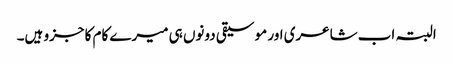
البتہ اب شاعری اور موسیقی دونوں ہی میرے کام کا جزو ہیں۔